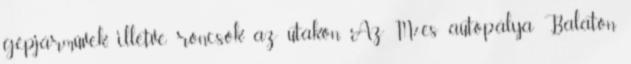
gépjárművek, illetve roncsok az utakon. Az M7-es autópálya Balaton